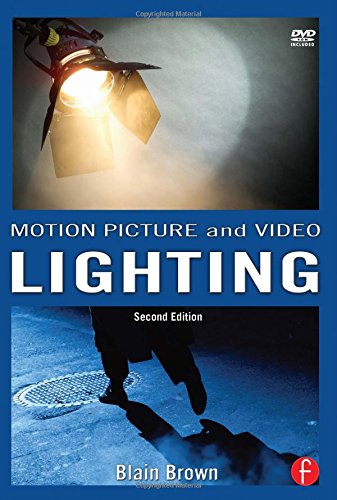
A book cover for Motion Picture and Video Lighting; Blain Brown; Humor & Entertainment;